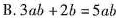
B.3ab+2b=5ab